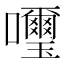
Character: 𫬹